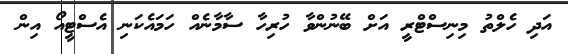
އަދި ހެލްތު މިނިސްޓްރީ އަށް ބޭނުންވާ ހުރިހާ ސާމާނެއް ހަމައެކަނި އެސްޓީއޯ އިން